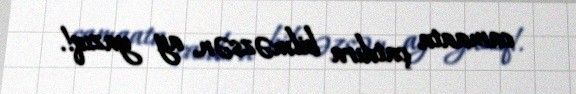
camaata çatdıra bilməzsən, ay yazıq!.